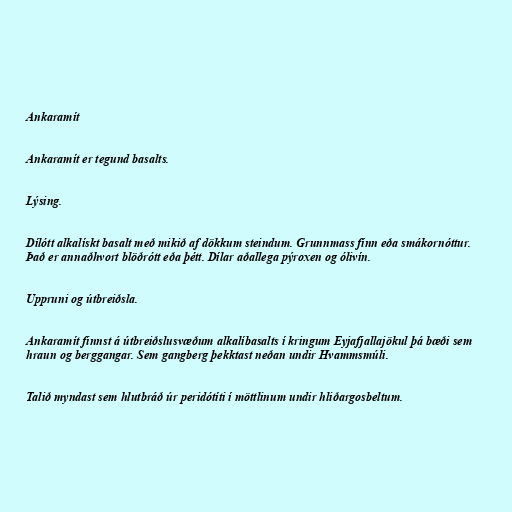
Ankaramít

Ankaramít er tegund basalts.

Lýsing.

Dílótt alkalískt basalt með mikið af dökkum steindum. Grunnmass fínn eða smákornóttur.
Það er annaðhvort blöðrótt eða þétt. Dílar aðallega pýroxen og ólivín.

Uppruni og útbreiðsla.

Ankaramít finnst á útbreiðslusvæðum alkalíbasalts í kringum Eyjafjallajökul þá bæði sem
hraun og berggangar. Sem gangberg þekktast neðan undir Hvammsmúli.

Talið myndast sem hlutbráð úr peridótíti í möttlinum undir hliðargosbeltum.